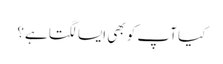
کیا آپ کو بھی ایسا لگتا ہے؟